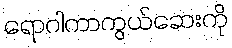
ရောဂါကာကွယ်ဆေးကို